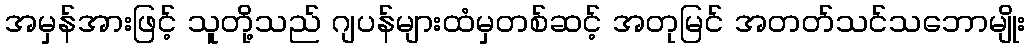
အမှန်အားဖြင့် သူတို့သည် ဂျပန်များထံမှတစ်ဆင့် အတုမြင် အတတ်သင်သဘောမျိုး